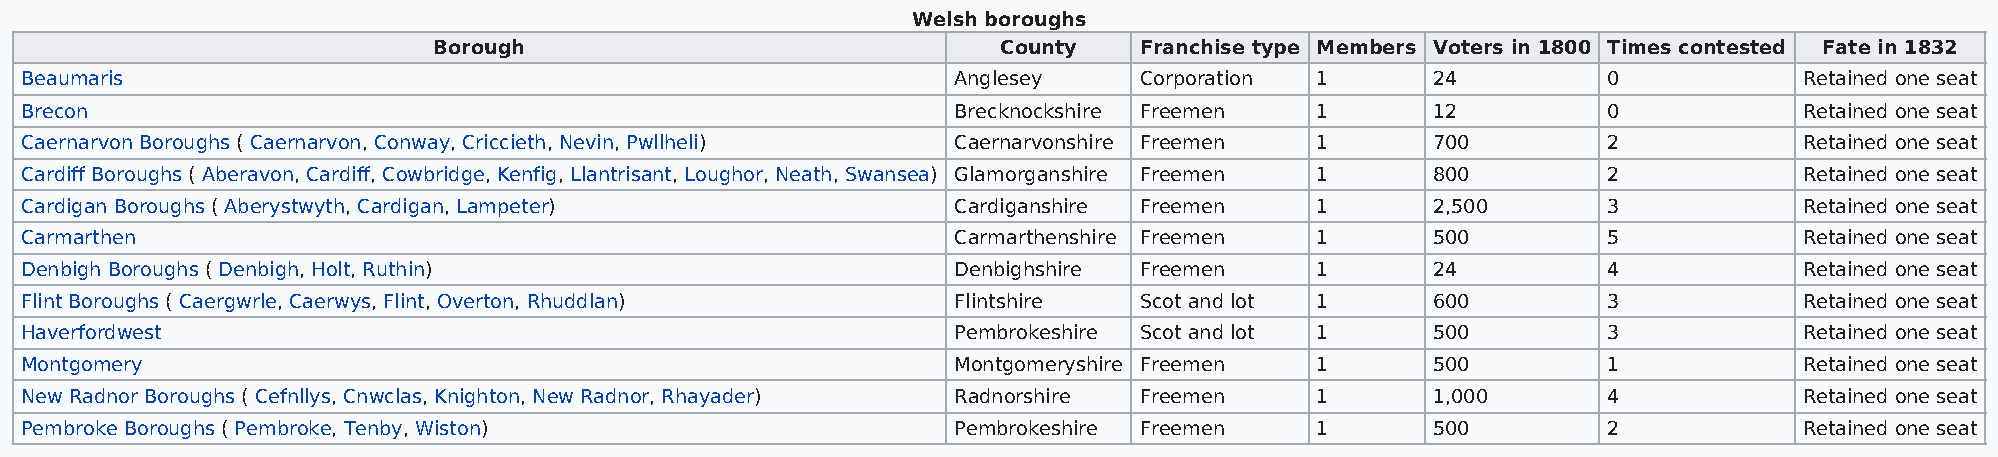
Welsh boroughs
 Borough                              County   Franchise type Members Voters in 1800 Times contested Fate in 1832
 Beaumaris                                                     Anglesey    Corporation 1       24         0            Retained one seat
 Brecon                                                        Brecknockshire Freemen  1       12         0            Retained one seat
 Caernarvon Boroughs ( Caernarvon, Conway, Criccieth, Nevin, Pwllheli) Caernarvonshire Freemen 1 700      2            Retained one seat
 Cardiff Boroughs ( Aberavon, Cardiff, Cowbridge, Kenfig, Llantrisant, Loughor, Neath, Swansea) Glamorganshire Freemen 1 800 2 Retained one seat
 Cardigan Boroughs ( Aberystwyth, Cardigan, Lampeter)          Cardiganshire Freemen   1       2,500      3            Retained one seat
 Carmarthen                                                    Carmarthenshire Freemen 1       500        5            Retained one seat
 Denbigh Boroughs ( Denbigh, Holt, Ruthin)                     Denbighshire Freemen    1       24         4            Retained one seat
 Flint Boroughs ( Caergwrle, Caerwys, Flint, Overton, Rhuddlan) Flintshire Scot and lot 1      600        3            Retained one seat
 Haverfordwest                                                 Pembrokeshire Scot and lot 1    500        3            Retained one seat
 Montgomery                                                    Montgomeryshire Freemen 1       500        1            Retained one seat
 New Radnor Boroughs ( Cefnllys, Cnwclas, Knighton, New Radnor, Rhayader) Radnorshire Freemen 1 1,000     4            Retained one seat
 Pembroke Boroughs ( Pembroke, Tenby, Wiston)                  Pembrokeshire Freemen   1       500        2            Retained one seat